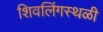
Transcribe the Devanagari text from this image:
शिवलिंगस्थळी